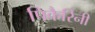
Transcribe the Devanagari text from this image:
पिकैरिनी